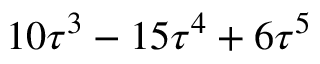
1 0 \tau ^ { 3 } - 1 5 \tau ^ { 4 } + 6 \tau ^ { 5 }